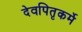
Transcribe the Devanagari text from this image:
देवपितृकर्मे